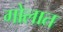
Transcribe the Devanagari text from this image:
गोलात